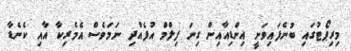
މިރިޕޯޓުގައި ބުނެފައިވަނީ އިންޑިއާއިން ގިނަ ފިލްމް އުފެއްދި ނަމަވެސް އެމެރިކާ އާއި ކެނެޑާ